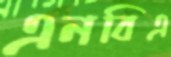
এনবিএ